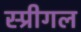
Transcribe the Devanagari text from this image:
स्प्रीगल